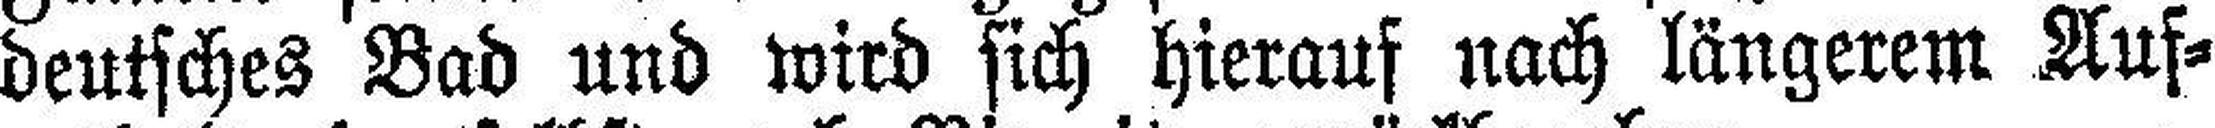
deutsches Bad und wird sich hierauf nach längerem Auf¬